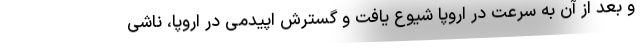
و بعد از آن به سرعت در اروپا شیوع یافت و گسترش اپیدمی در اروپا، ناشی